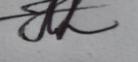
Signature authenticity: genuine